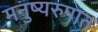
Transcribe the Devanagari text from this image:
मनुष्यरुपात